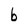
Character: b